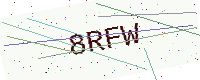
Text: 8RFW